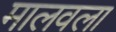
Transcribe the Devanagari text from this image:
मालवला